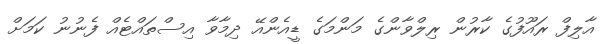
އާލިފް ރައޫފުގެ ކާރުން ރިލްވާންގެ މަންމަގެ ޑީއެންއޭ ދިމާވާ އިސްތައްޓެއް ފެނުނު ކަމަށް